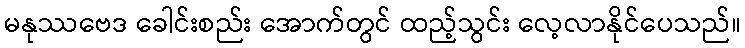
မနုဿဗေဒ ခေါင်းစည်း အောက်တွင် ထည့်သွင်း လေ့လာနိုင်ပေသည်။